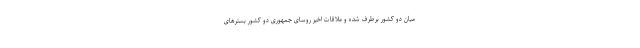
میان دو کشور برطرف شده و ملاقات اخیر روسای جمهوری دو کشور بسترهای